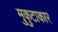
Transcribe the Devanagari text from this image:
मुकुटाकार